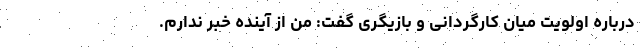
درباره اولویت میان کارگردانی و بازیگری گفت: من از آینده خبر ندارم.